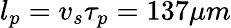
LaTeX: l_{p}=v_{s}\tau_{p}=137\mu m